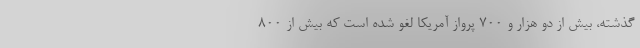
گذشته، بیش از دو هزار و ۷۰۰ پرواز آمریکا لغو شده است که بیش از ۸۰۰